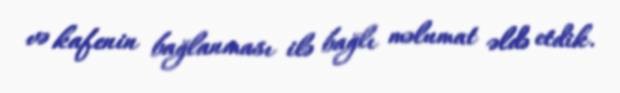
və kafenin bağlanması ilə bağlı məlumat əldə etdik.